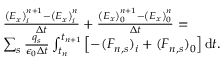
\begin{array} { r l } & { \frac { \left( E _ { x } \right) _ { i } ^ { n + 1 } - \left( E _ { x } \right) _ { i } ^ { n } } { \Delta t } + \frac { \left( E _ { x } \right) _ { 0 } ^ { n + 1 } - \left( E _ { x } \right) _ { 0 } ^ { n } } { \Delta t } = } \\ & { \sum _ { s } \frac { q _ { s } } { \epsilon _ { 0 } \Delta t } \int _ { t _ { n } } ^ { t _ { n + 1 } } \left[ - ( F _ { n , s } ) _ { i } + ( F _ { n , s } ) _ { 0 } \right] \mathrm { d } t . } \end{array}